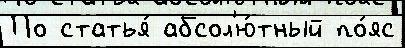
По статья́ абсол'ю́тный по́яс